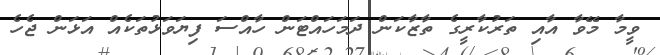
ވީމާ މޭވާ އާއި ތަރުކާރީގެ ތާޒާކަން ދަމަހައްޓަން ހާއްސަ ފިޔަވަޅުތަކެއް އަޅަން ޖެހެ